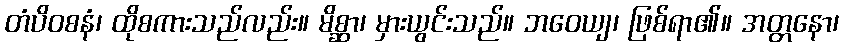
တံပိဝစနံ၊ ထိုစကားသည်လည်း။ မိစ္ဆာ၊ မှားယွင်းသည်။ ဘဝေယျ၊ ဖြစ်ရာ၏။ အတ္တနော၊